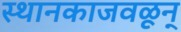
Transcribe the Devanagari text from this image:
स्थानकाजवळून्